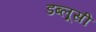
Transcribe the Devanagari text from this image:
डब्लूसी